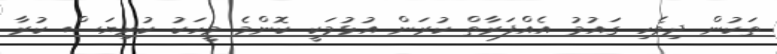
ތަކުން ދިވެހި ގައުމު އެއްފަރާތް ކުރަން އުޅުމަކީ ކޮންމެ މީހަކު ކުރިޔަސް ކުރާ